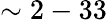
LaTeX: \sim 2-33